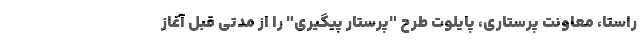
راستا، معاونت پرستاری، پایلوت طرح "پرستار پیگیری" را از مدتی قبل آغاز